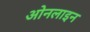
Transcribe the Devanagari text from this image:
ओनलाइन